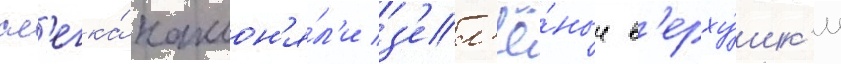
сл'егка́ наклон'я́л'и з'ел'ё́ные в'ерху́шк'и